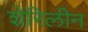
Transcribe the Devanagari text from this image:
शेरिलीन